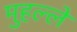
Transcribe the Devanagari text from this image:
मुहल्‍ले